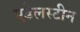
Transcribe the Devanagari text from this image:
एडेलस्टीन